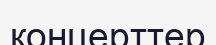
концерттер